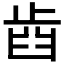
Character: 𣥫